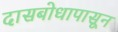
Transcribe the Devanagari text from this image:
दासबोधापासून